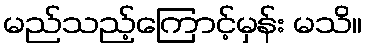
မည်သည့်ကြောင့်မှန်း မသိ။